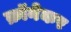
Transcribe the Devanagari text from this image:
क्रॉनेकर